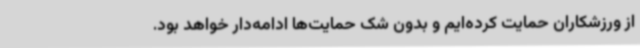
از ورزشکاران حمایت کرده‌ایم و بدون شک حمایت‌ها ادامه‌دار خواهد بود.